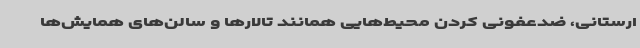
ارستانی، ضدعفونی کردن محیط‌هایی همانند تالارها و سالن‌های همایش‌ها